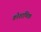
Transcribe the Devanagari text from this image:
कोशाणिक